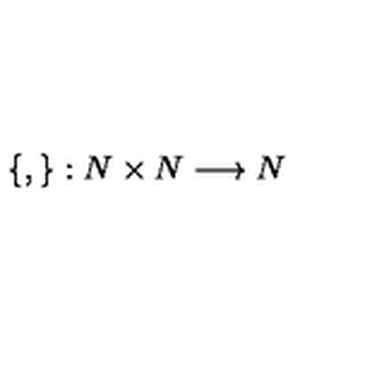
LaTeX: \left\{ , \right\} : N \times N \longrightarrow N